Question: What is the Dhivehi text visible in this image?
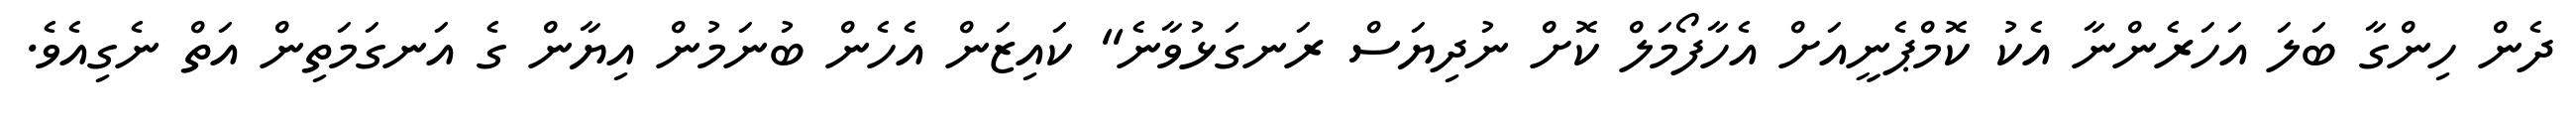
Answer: ދެން ހިންގާ ބަލަ އަހަރެންނާ އެކު ކޮމްޕެނީއަށް އެހާފޯމަލް ކޮށް ނުދިޔަސް ރަނގަޅުވާނެ" ކައިޒަން އެހެން ބުނަމުން އިޔާން ގެ އަނގަމަތިން އަތް ނެގިއެވެ.